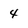
Character: 4